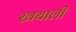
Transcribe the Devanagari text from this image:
खयाली